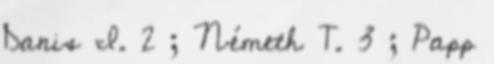
Danis I. 2 ; Németh T. 3 ; Papp